Insane asylums in Bengal annual reports 1867-1875 - 1867-1875
Year: 1867
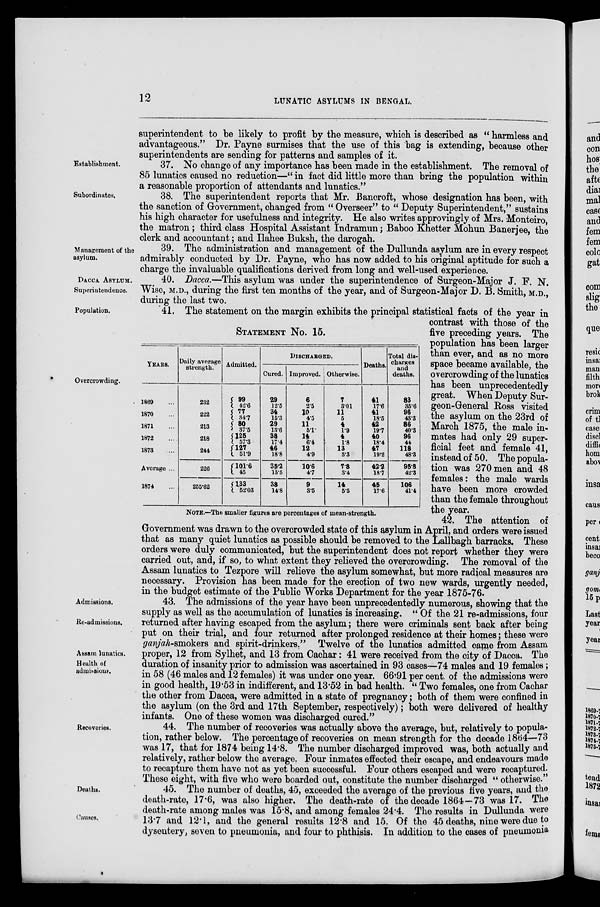
12
LUNATIC ASYLUMS IN BENGAL.
superintendent to be likely to profit by the measure, which is described as "harmless and
advantageous." Dr. Payne surmises that the use of this bag is extending, because other
superintendents are sending for patterns and samples of it.
Establishment.
37. No change of any importance has been made in the establishment. The removal of
85 lunatics caused no reduction—"in fact did little more than bring the population within
a reasonable proportion of attendants and lunatics."
Subordinates.
38. The superintendent reports that Mr. Bancroft, whose designation has been, with
the sanction of Government, changed from "Overseer" to "Deputy Superintendent," sustains
his high character for usefulness and integrity. He also writes approvingly of Mrs. Monteiro,
the matron ; third class Hospital Assistant Indramun; Baboo Khetter Mohun Banerjee, the
clerk and accountant; and Ilahee Buksh, the darograh.
Management of the
asylum.
39. The administration and management of the Dullunda asylum are in every respect
admirably conducted by Dr. Payne, who has now added to his original aptitude for such a
charge the invaluable qualifications derived from long and well-used experience.
DACCA ASYLUM.
Superintendence.
40. Dacca.—This asylum was under the superintendence of Surgeon-Major J. F. N.
Population.
Overcrowding.
STATEMENT No. 15.
YEARS.
1869 ...
1870 ...
1871 ...
1872 ...
1873 ...
Average ...
1874 ...
Daily average
strength.
232
222
213
218
244
226
255.62
Admitted.
99
42.6
77
34.7
80
37.5
125
57.3
127
51.9
101.6
45
133
52.03
DISCHARGED.
Cured.
29
12.5
34
15.3
29
13.6
38
17.4
46
18.8
35.2
15.5
38
14.8
Improved.
6
2.5
10
4.5
11
5.1
14
6.4
12
4.9
10.6
4.7
9
3.5
Otherwise.
7
3.01
11
5
4
1.9
4
1.8
13
5.3
7.8
3.4
14
5.5
Deaths.
41
17.6
41
18.5
42
19.7
40
18.4
47
19.2
12.2
18.7
45
17.6
Total dis-
charges
and
deaths.
83
35.6
96
43.3
86
40.3
96
44
118
48.3
95.3
42.3
106
41.4
NOTE.—The smaller figures are percentages of mean-strength.
41. The statement on the margin exhibits the principal statistical facts of the year in
contrast with those of the
five preceding years. The
population has been larger
than ever, and as no more
space became available, the
overcrowding of the lunatics
has been unprecedentedly
great. When Deputy Sur-
geon-General Ross visited
the asylum on the 23rd of
March 1875, the male in-
mates had only 29 super-
ficial feet and female 41,
instead of 50. The popula-
tion was 270 men and 48
females: the male wards
have been more crowded
than the female throughout
the year.
42. The attention of
Government was drawn to the overcrowded state of this asylum in April, and orders were issued
that as many quiet lunatics as possible should be removed to the Lallbagh barracks. These
orders were duly communicated, but the superintendent does not report whether they were
carried out, and, if so, to what extent they relieved the overcrowding. The removal of the
Assam lunatics to Tezpore will relieve the asylum somewhat, but more radical measures are
necessary. Provision has been made for the erection of two new wards, urgently needed,
in the budget estimate of the Public Works Department for the year 1875-76.
Admissions.
Re-admissions.
Assam lunatics.
Health of
admissions.
43. The admissions of the year have been unprecedentedly numerous, showing that the
supply as well as the accumulation of lunatics is increasing. "Of the 21 re-admissions, four
returned after having escaped from the asylum; there were criminals sent back after being
put on their trial, and four returned after prolonged residence at their homes; these were
ganjah-smokers and spirit-drinkers." Twelve of the lunatics admitted came from Assam
proper, 12 from Sylhet, and 13 from Cachar: 41 were received from the city of Dacca. The
duration of insanity prior to admission was ascertained in 93 cases—74 males and 19 females;
in 58 (46 males and 12 females) it was under one year. 66.91 per cent. of the admissions were
in good health, 19.53 in indifferent, and 13.52 in bad health. "Two females, one from Cachar
the other from Dacca, were admitted in a state of pregnancy; both of them were confined in
the asylum (on the 3rd and 17th September, respectively); both were delivered of healthy
infants. One of these women was discharged cured."
Recoveries.
44. The number of recoveries was actually above the average, but, relatively to popula-
tion, rather below. The percentage of recoveries on mean strength for the decade 1864—73
was 17, that for 1874 being 14.8. The number discharged improved was, both actually and
relatively, rather below the average. Four inmates effected their escape, and endeavours made
to recapture them have not as yet been successful. Four others escaped and were recaptured.
These eight, with five who were boarded out, constitute the number discharged " otherwise."
Deaths.
Causes.
45. The number of deaths, 45, exceeded the average of the previous five years, and the
death-rate, 17.6, was also higher. The death-rate of the decade 1864—73 was 17. The
death-rate among males was 15.8, and among females 24.4. The results in Dullunda were
13.7 and 12.1, and the general results 12.8 and 15. Of the 45 deaths, nine were due to
dysentery, seven to pneumonia, and four to phthisis. In addition to the cases of pneumonia